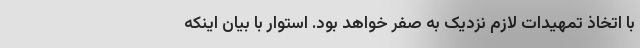
با اتخاذ تمهیدات لازم نزدیک به صفر خواهد بود. استوار با بیان اینکه